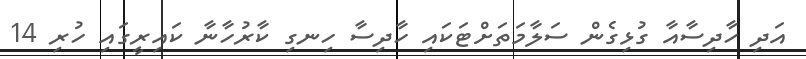
އަދި ހާދިސާއާ ގުޅިގެން ސަލާމަތަށްޓަކައި ހާދިސާ ހިނގި ކާރުހާނާ ކައިރީގައި ހުރި 14